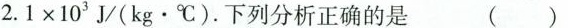
2 . 1 \times 1 0 ^ { 3 }$$J/(kg·℃)。下列分析正确的是 ( )